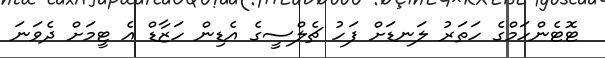
ޓޮޓެންހަމްގެ ހަތަރު ލަނޑަށް ފަހު ޗެލްސީގެ އެޑިން ހަޒާޑް އެ ޓީމަށް ދެވަނަ